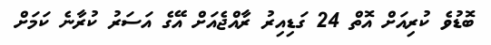
ބޮޑުވެ ކުރިއަށް އޮތް 24 ގަޑިއިރު ރާއްޖެއަށް އޭގެ އަސަރު ކުރާނެ ކަމަށް